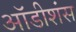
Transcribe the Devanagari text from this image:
ऑडीशंस